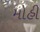
મોહી